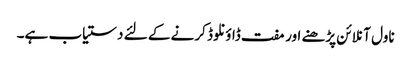
ناول آنلائن پڑھنے اور مفت ڈاؤنلوڈ کرنے کے لئے دستیاب ہے۔